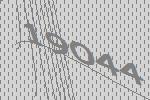
19044